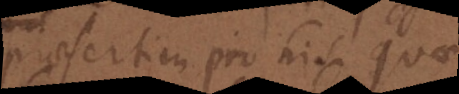
praesertim pro his quae